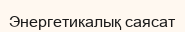
Энергетикалық саясат